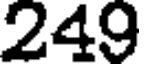
249